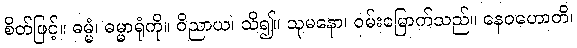
စိတ်ဖြင့်။ ဓမ္မံ၊ ဓမ္မာရုံကို။ ဝိညာယ၊ သိ၍။ သုမနော၊ ဝမ်းမြောက်သည်။ နေဝဟောတိ၊